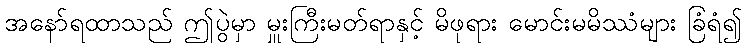
အနော်ရထာသည် ဤပွဲမှာ မှူးကြီးမတ်ရာနှင့် မိဖုရား မောင်းမမိဿံများ ခြံရံ၍